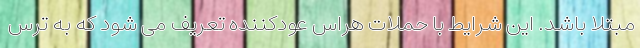
مبتلا باشد. این شرایط با حملات هراس عودکننده تعریف می شود که به ترس